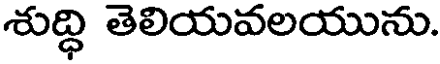
శుద్ధి తెలియవలయును.